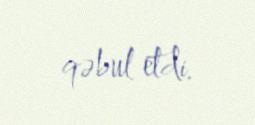
qəbul etdi.